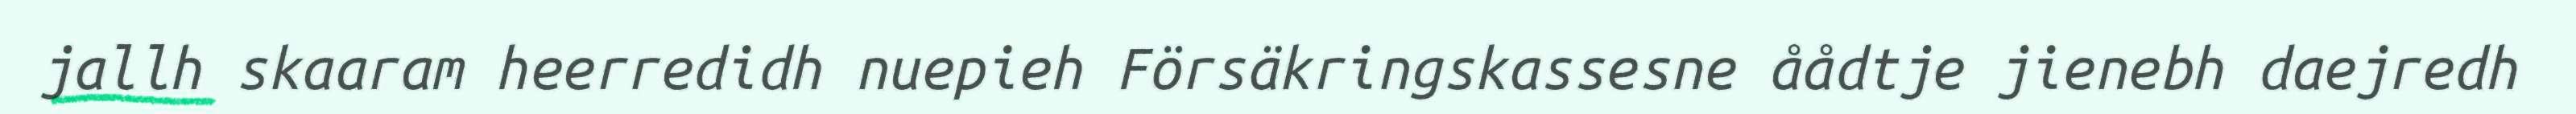
jallh skaaram heerredidh nuepieh Försäkringskassesne åådtje jienebh daejredh